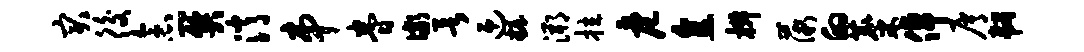
突後念关消串眷儆欲迎妆溯拉危直椒薇的麋倬屑韧